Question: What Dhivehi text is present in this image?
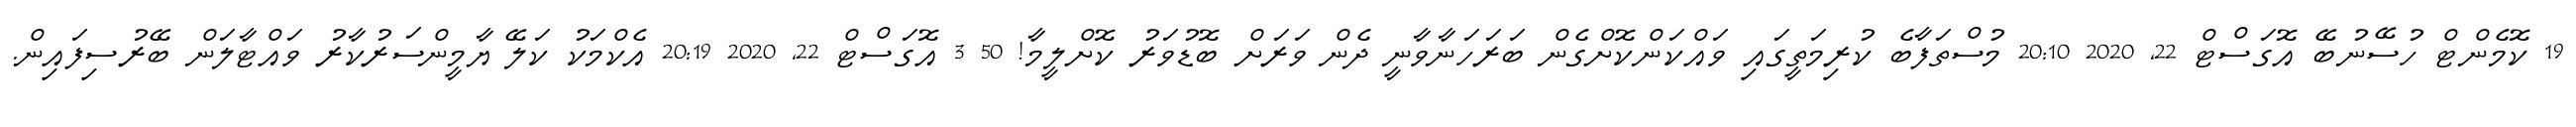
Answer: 19 ކޮމެންޓް ހުސޭނުބޭ އޮގަސްޓް 22, 2020 20:10 މުސްތަފާބެ ކުރިމަތީގައި ވައްކަންކޮށްގެން ބަރަހަނާވާނީ ދެން ވަރަށް ބޮޑުވަރު ކޮށްލީމާ! 50 3 އޮގަސްޓް 22, 2020 20:19 އެކްމަކު ކަލޭ ޔާމީންސަރުކާރު ވައްޓާލަން ބޭރުސިފައިން.